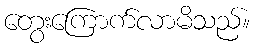
တွေးကြောက်လာမိသည်။